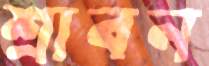
শ্রাবন